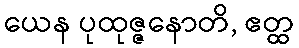
ယေန ပုထုဇ္ဇနောတိ, ဧတ္ထ